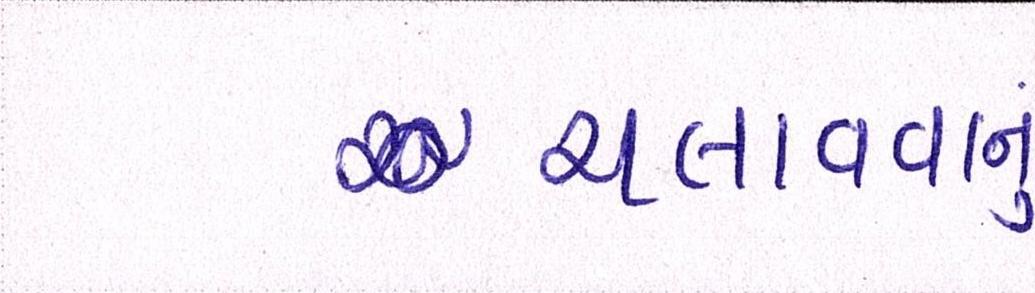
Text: ચલાવવાનુ